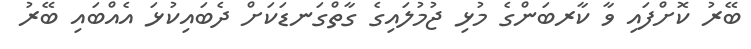
ބޭރު ކޮށްފައި ވާ ކާރބަންގެ މުޅި ޖުމުލައިގެ ގާތްގަނޑަކަށް ދެބައިކުޅަ އެއްބައި ބޭރު